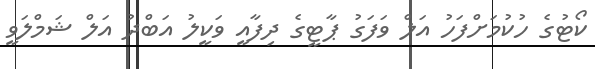
ކޯޓުގެ ހުކުމަށްފަހު އަލް ވަފަގު ޕާޓީގެ ދިފާއީ ވަކީލު އަބްދު އަލް ޝަމްލަވީ